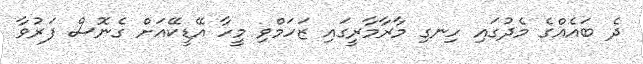
ދެ ބައެއްގެ މެދުގައި ހިނގި މާރާމާރީގައި ޒަހަމްވި މީހާ އޭޑީކޭއަށް ގެނޮސް ފަރުވާ